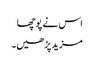
اس نے پوچھا
مزید پڑھیں۔